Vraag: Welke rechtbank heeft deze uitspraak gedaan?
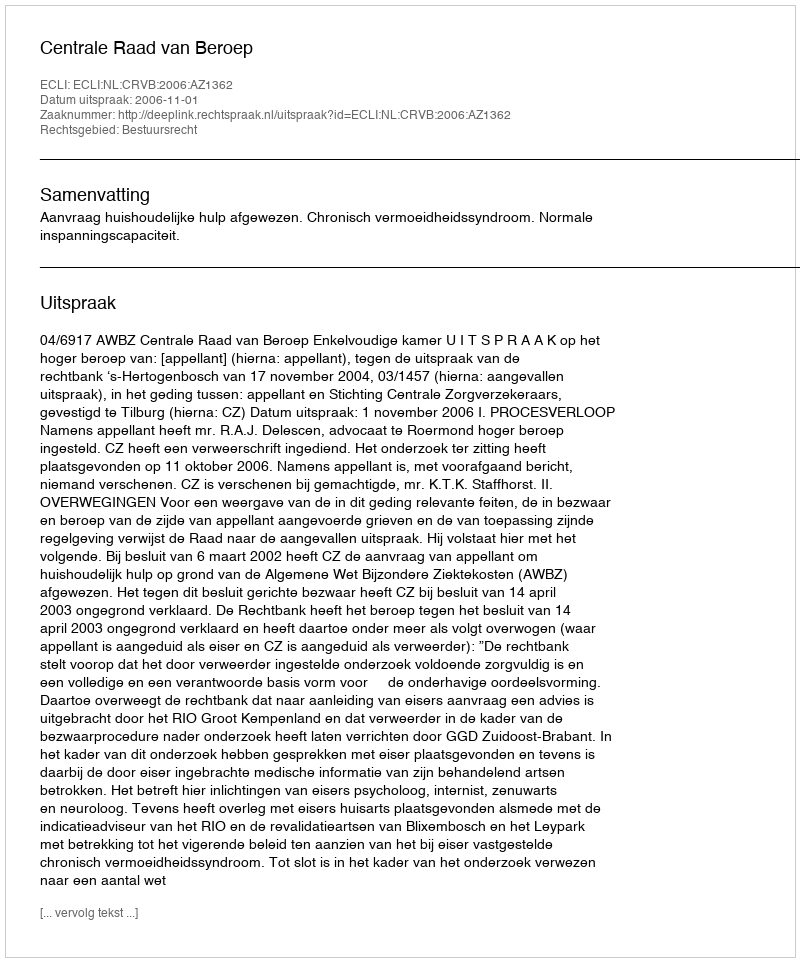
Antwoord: Centrale Raad van Beroep